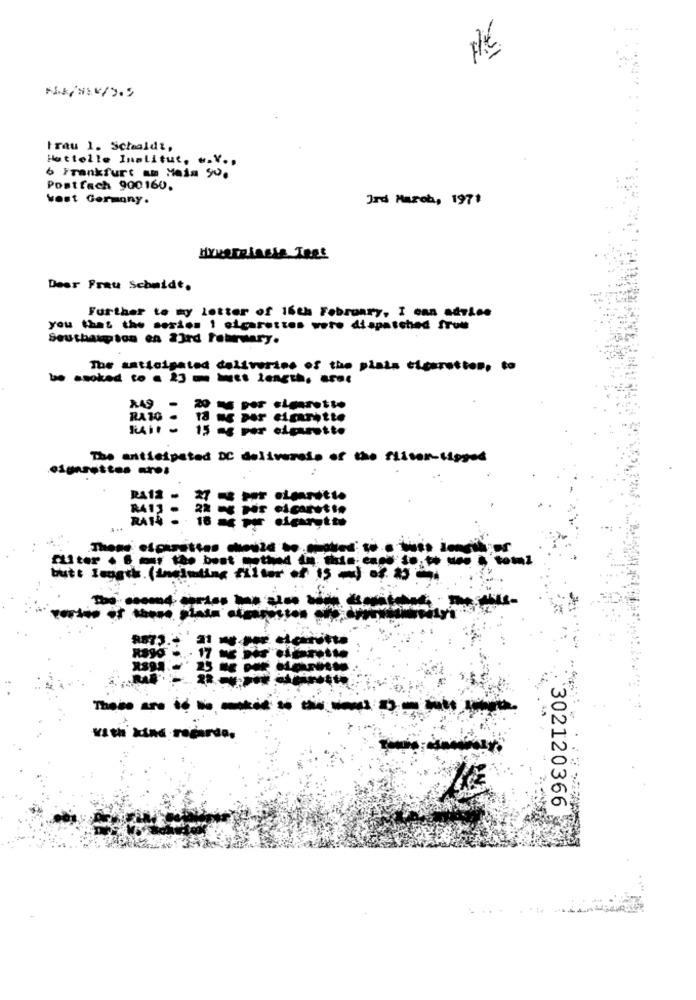
trau 1. Schaldt,
Hattelle Institut, «.V .,
6 Frankfurt am Main 90.
Postfach 900160.
west Germany.
Jrd March, 1971
Hyperplasie Teet
Deer Frau Schmidt.
Further to my letter of 16th February, I can adrice
you that the series 1 cigarettes were dispatched from
Southampton en 23rd February.
The anticipated deliveries of the plats ticaretton, to
249
per cleanette
RAIO - 18 me Der ELERFatto
Just - 15 as por elparotto
The anticipated DC deliversis of the fliser-lipped
eignsettes art
RA12
...
dertte
"com1
butt length. (including filter of 15 -) of. 25
8872.+
--- ------
With kind rodardo.
302120366